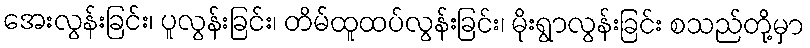
အေးလွန်းခြင်း၊ ပူလွန်းခြင်း၊ တိမ်ထူထပ်လွန်းခြင်း၊ မိုးရွာလွန်းခြင်း စသည်တို့မှာ